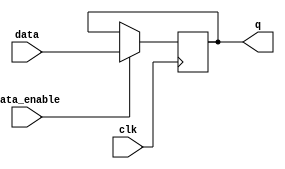
module data_enable_latch(
    input data, // Data input
    input data_enable, // Data-enable signal
    input clk, // Clock signal

    output reg q // Output of the latch
);

always @(posedge clk) begin
    if(data_enable) begin
        q <= data; // Update output only when data-enable is active
    end
end

endmodule